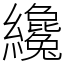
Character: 纔